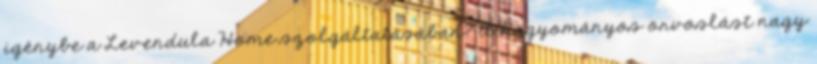
igénybe a Levendula Home szolgáltatásában? A hagyományos orvoslást nagy